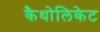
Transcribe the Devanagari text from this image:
कैथोलिकेट